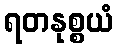
ရတနုစ္စယံ